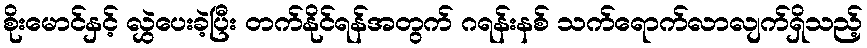
စိုးမောင်နှင့် လွှဲပေးခဲ့ပြီး တက်နိုင်ရန်အတွက် ဂရန်းနစ် သက်ရောက်လာလျက်ရှိသည့်